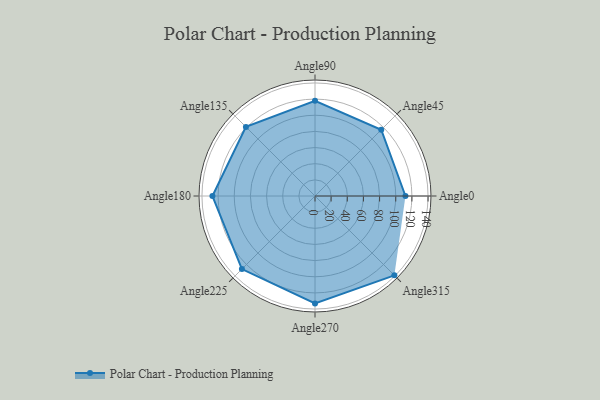
{"axis": {"x": "Angle", "y": "Radius"}, "legend": [""], "data": [{"x": "Angle0", "y": 112.0, "type": ""}, {"x": "Angle45", "y": 116.0, "type": ""}, {"x": "Angle90", "y": 118.0, "type": ""}, {"x": "Angle135", "y": 121.0, "type": ""}, {"x": "Angle180", "y": 127.0, "type": ""}, {"x": "Angle225", "y": 128.0, "type": ""}, {"x": "Angle270", "y": 133.0, "type": ""}, {"x": "Angle315", "y": 139.0, "type": ""}]}